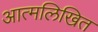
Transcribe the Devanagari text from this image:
आत्मलिखित